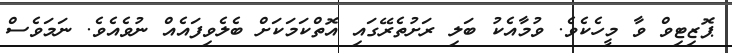
ޕޮޒިޓިވް ވާ މީހެކެވެ. ވުމާއެކު ބަލި ރަށުތެރޭގައި އޮތްކަމަކަށް ބެލެވިފައެއް ނުވެއެވެ. ނަމަވެސް